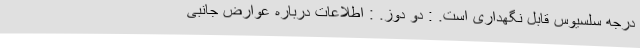
درجه سلسیوس قابل نگهداری است. : دو دوز. : اطلاعات درباره عوارض جانبی